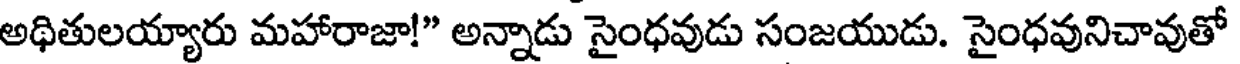
అధితులయ్యారు మహారాజా!" అన్నాడు సైంధవుడు సంజయుడు. సైంధవునిచావుతో